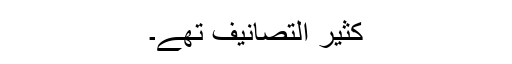
کثیر التصانیف تھے۔